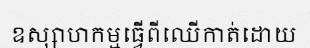
ឧស្សាហកម្មធ្វើពីឈើកាត់ដោយ